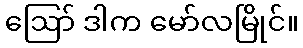
ဪ ဒါက မော်လမြိုင်။